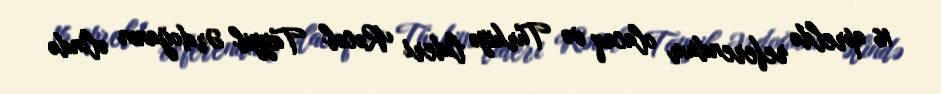
16 apreldə referendum olacaq və Türkiyə lideri Rəcəb Tayyib Ərdoğanın əlində